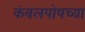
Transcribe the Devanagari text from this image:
कंबलपोषच्या